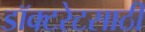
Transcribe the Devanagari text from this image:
डॉक्टरेटसाठी